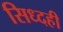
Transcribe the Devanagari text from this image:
सिध्दही